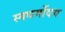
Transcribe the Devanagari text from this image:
स्वधर्मोदय